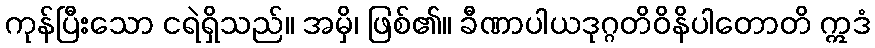
ကုန်ပြီးသော ငရဲရှိသည်။ အမှိ၊ ဖြစ်၏။ ခီဏာပါယဒုဂ္ဂတိဝိနိပါတောတိ ဣဒံ